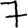
Digit: 7